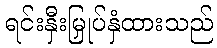
ရင်းနှီးမြှုပ်နှံထားသည်